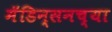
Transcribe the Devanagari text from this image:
मॅडिन्सनच्या